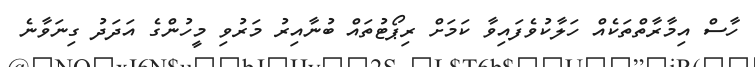
ހާސް އިމާރާތްތަކެއް ހަލާކުވެފައިވާ ކަމަށް ރިޕޯޓުތައް ބުނާއިރު މަރުވި މީހުންގެ އަދަދު ގިނަވާނެ